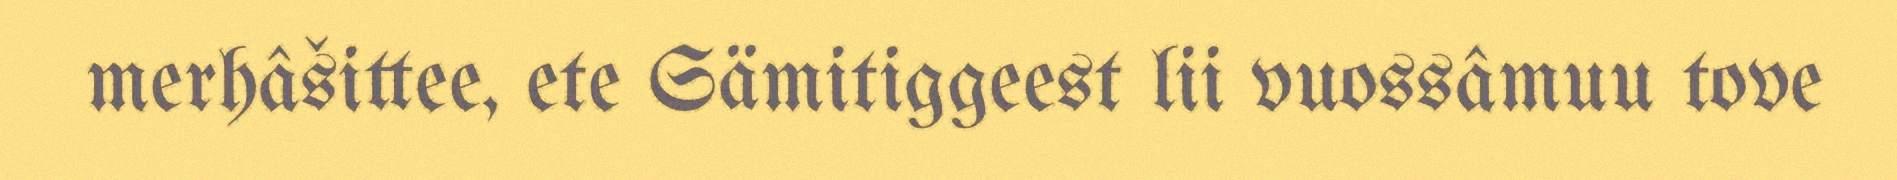
merhâšittee, ete Sämitiggeest lii vuossâmuu tove